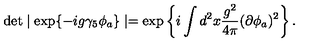
\det \mid \exp \{ - i g \gamma _ { 5 } \phi _ { a } \} \mid = \exp \left\{ i \int d ^ { 2 } x \frac { g ^ { 2 } } { 4 \pi } ( \partial \phi _ { a } ) ^ { 2 } \right\} .